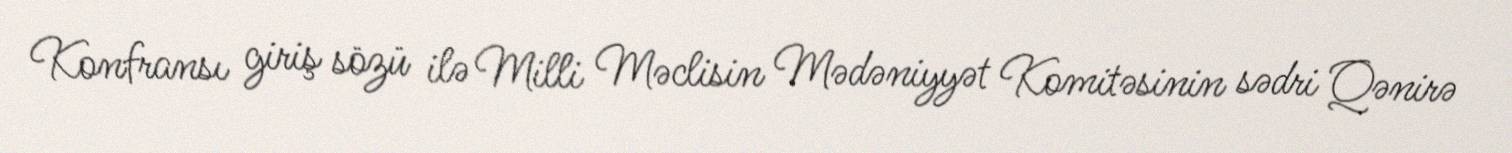
Konfransı giriş sözü ilə Milli Məclisin Mədəniyyət Komitəsinin sədri Qənirə